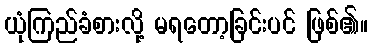
ယုံကြည်ခံစားလို့ မရတော့ခြင်းပင် ဖြစ်၏။